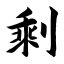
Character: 剩